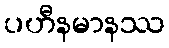
ပဟီနမာနဿ